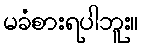
မခံစားရပါဘူး။